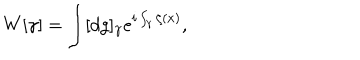
W [ \gamma ] = \int [ d g ] _ { \gamma } e ^ { i \int _ { \gamma } \zeta ( x ) } ,